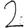
Digit: 2